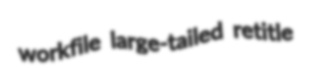
workfile large-tailed retitle